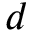
d